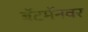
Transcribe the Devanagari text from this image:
बॅटमॅनवर